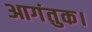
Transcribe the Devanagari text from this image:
आगंतुक।